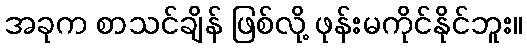
အခုက စာသင်ချိန် ဖြစ်လို့ ဖုန်းမကိုင်နိုင်ဘူး။